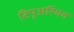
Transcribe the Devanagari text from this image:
टिपृअरियन